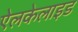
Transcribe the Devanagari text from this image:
ऐलकेलाइड